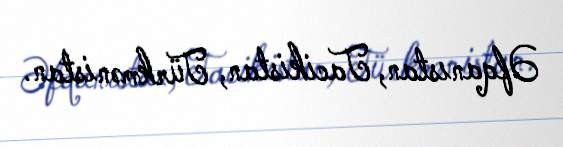
Əfqanıstan, Tacikistan, Türkmənistan.